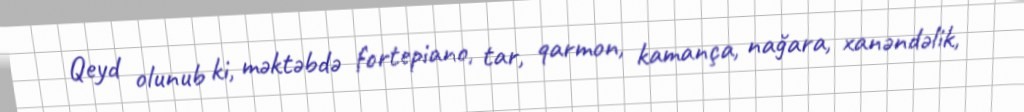
Qeyd olunub ki, məktəbdə fortepiano, tar, qarmon, kamança, nağara, xanəndəlik,